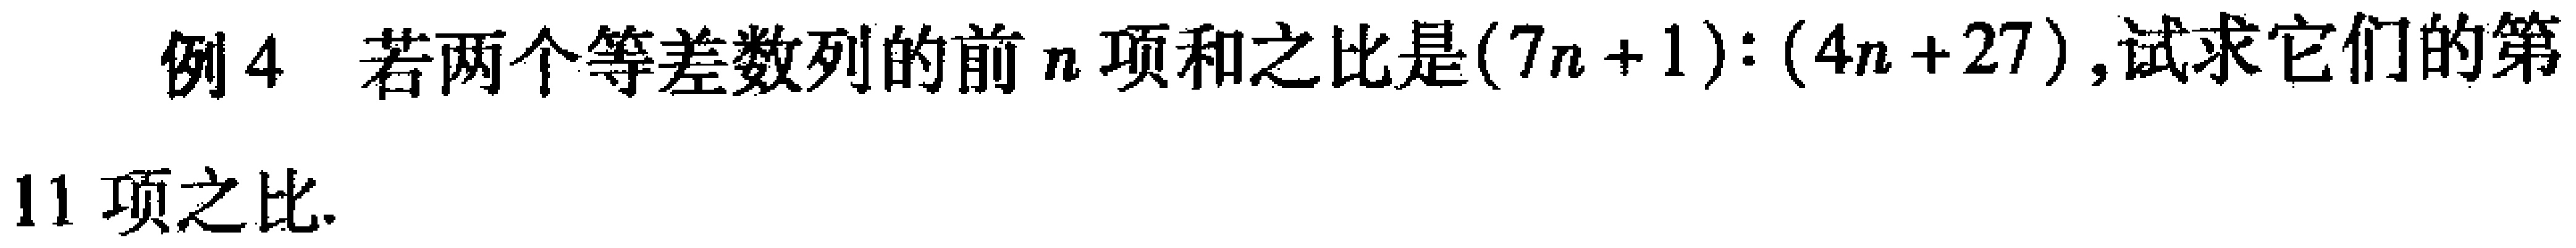
例4 若两个等差数列的前\(n\)项和之比是\((7n + 1):(4n + 27)\)，试求它们的第
11项之比.